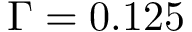
\Gamma = 0 . 1 2 5